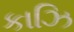
કાઝિ